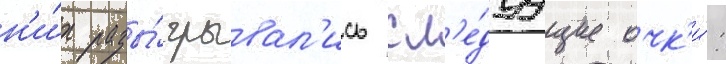
н'и́х разы́грывал'ись сл'е́дуущие очк'и́: